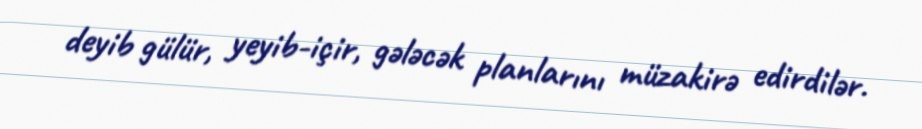
deyib gülür, yeyib-içir, gələcək planlarını müzakirə edirdilər.